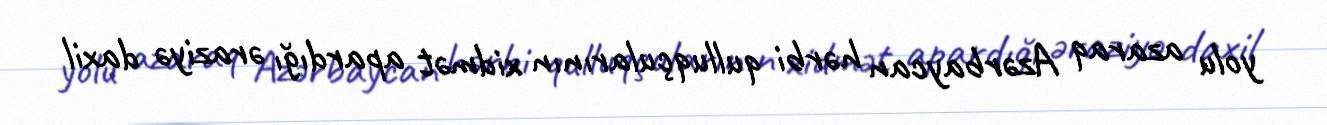
yolu azaraq Azərbaycan hərbi qulluqçularının xidmət apardığı əraziyə daxil